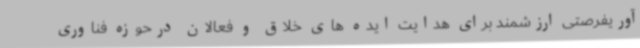
آوریفرصتی ارزشمند برای هدایت ایده های خلاق و فعالان درحوزه فناوری